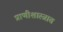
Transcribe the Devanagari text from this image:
प्राणीशास्त्रात